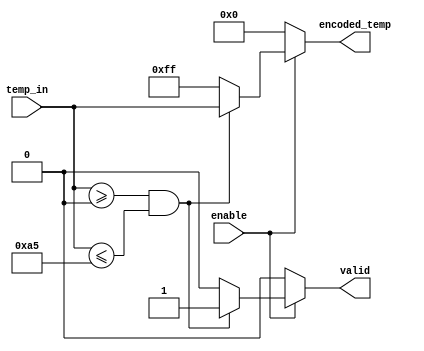
module thermal_encoder (
    input wire [7:0] temp_in,       // Input temperature in 8-bit digital form
    input wire enable,               // Enable signal to control the output
    output reg [7:0] encoded_temp,   // Encoded temperature output
    output reg valid                // Output validity signal
);

// Define constants for temperature range
parameter TEMP_MIN = 8'd0;         // Represents -40C
parameter TEMP_MAX = 8'd165;        // Represents 125C

always @(*) begin
    // Default output values
    encoded_temp = 8'b0;
    valid = 1'b0;

    // Check if the encoder is enabled
    if (enable) begin
        // Check if input is within valid range
        if (temp_in >= TEMP_MIN && temp_in <= TEMP_MAX) begin
            // Encode the temperature directly as a binary value
            encoded_temp = temp_in; 
            valid = 1'b1; // Mark output as valid
        end else begin
            // Input out of range, return error code
            encoded_temp = 8'b11111111; // Error code (all bits set)
            valid = 1'b0; // Mark output as invalid
        end
    end else begin
        // Encoder disabled - output should not be valid
        encoded_temp = 8'b00000000; // Could be zero or hold previous value
        valid = 1'b0; // Mark output as invalid
    end
end

endmodule